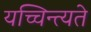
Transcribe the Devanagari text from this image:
यच्चिन्त्यते